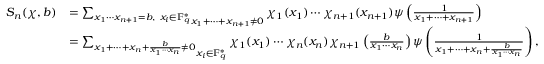
\begin{array} { r l } { S _ { n } ( \chi , b ) } & { = \mathop { \sum _ { x _ { 1 } \cdots x _ { n + 1 } = b , ~ x _ { i } \in \mathbb { F } _ { q } ^ { * } } } _ { x _ { 1 } + \cdots + x _ { n + 1 } \neq 0 } \chi _ { 1 } ( x _ { 1 } ) \cdots \chi _ { n + 1 } ( x _ { n + 1 } ) \psi \left( \frac { 1 } { x _ { 1 } + \cdots + x _ { n + 1 } } \right) } \\ & { = \mathop { \sum _ { x _ { 1 } + \cdots + x _ { n } + \frac { b } { x _ { 1 } \cdots x _ { n } } \neq 0 } } _ { x _ { i } \in \mathbb { F } _ { q } ^ { * } } \chi _ { 1 } ( x _ { 1 } ) \cdots \chi _ { n } ( x _ { n } ) \chi _ { n + 1 } \left( \frac { b } { x _ { 1 } \cdots x _ { n } } \right) \psi \left( \frac { 1 } { x _ { 1 } + \cdots + x _ { n } + \frac { b } { x _ { 1 } \cdots x _ { n } } } \right) , } \end{array}